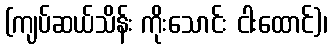
(ကျပ်ဆယ်သိန်း ကိုးသောင်း ငါးထောင်)၊